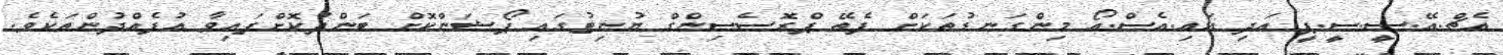
އެޗް.އޭ.ސީ.ސީ.ޕީ އަދި އައި.އެސް.އޯ މިންގަނޑުތަކަށް ފެތޭ ޕްރޮސެސިންގް ޔުނިޓުގައި ޕޯޝަންކޮށް ބަންދުކޮށްފައިވާ އުފެއްދުންތަކެވެ.